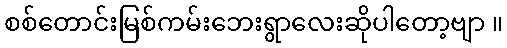
စစ်တောင်းမြစ်ကမ်းဘေးရွာလေးဆိုပါတော့ဗျာ ။